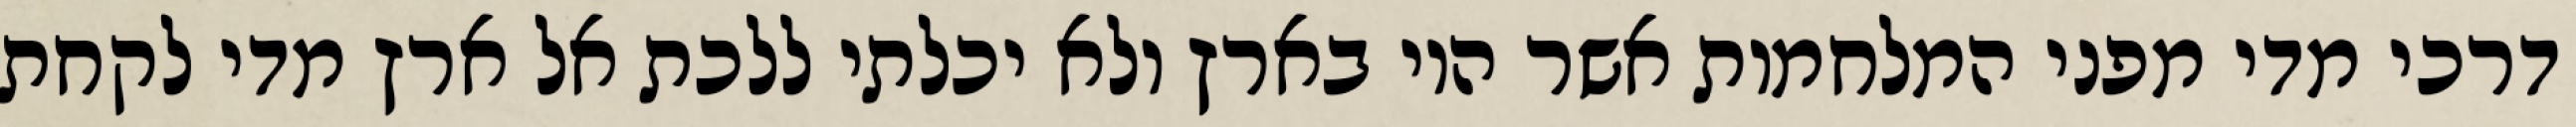
דרכי מדי מפני המלחמות אשר היו בארץ ולא יכלתי ללכת אל ארץ מדי לקחת